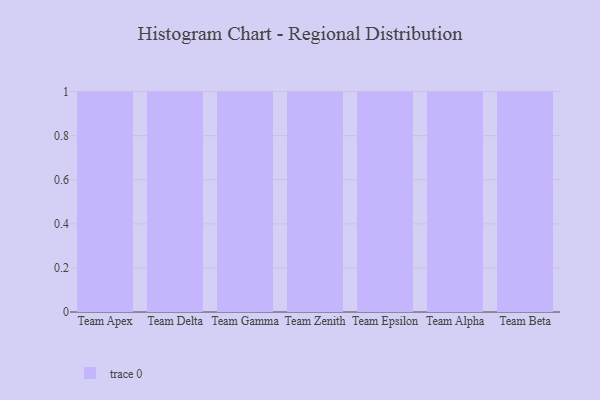
{"axis": {"x": "Team", "y": "Net Income (USD K)"}, "legend": [""], "data": [{"x": "Team Apex", "y": 28, "type": ""}, {"x": "Team Delta", "y": 85, "type": ""}, {"x": "Team Gamma", "y": 36, "type": ""}, {"x": "Team Zenith", "y": 23, "type": ""}, {"x": "Team Epsilon", "y": 33, "type": ""}, {"x": "Team Alpha", "y": 75, "type": ""}, {"x": "Team Beta", "y": 75, "type": ""}]}